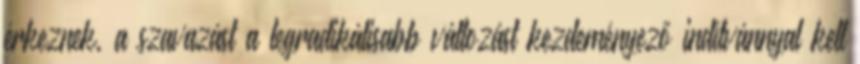
érkeznek, a szavazást a legradikálisabb változást kezdeményező indítvánnyal kell